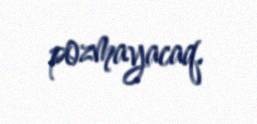
pozmayacaq.